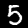
Label: 5